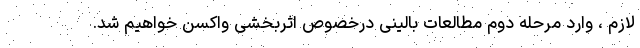
لازم ، وارد مرحله دوم مطالعات بالینی درخصوص اثربخشی واکسن خواهیم شد.